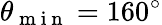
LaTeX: \theta_{\mathrm{~m~i~n~}}=160^{\circ}